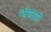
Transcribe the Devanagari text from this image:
भौरुआ